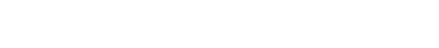
ရုပ်တွေချည်းပဲ၊ အခုပြောနေတဲ့ တောင့်တင်းရုပ် ထိုင်ရုပ်ဆိုတာက အဲဒီ အကြောရုပ်